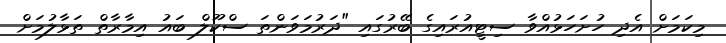
މިކަމަށް އެދި ހުށަހަޅުއްވާ ސިޓީއުރައިގެ ބޭރުގައި "ދަރުމަވަންތަ ސްކޫލް ބައު އިމާރާތް ތަޅާލުމަށް